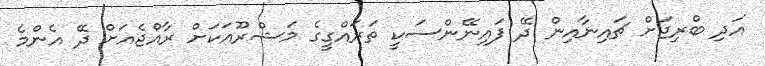
އަދި ބްރިޖަށް ޗައިނާއިން ދޭ ފައިނޭންސަކީ ތަރައްގީގެ މަޝްރޫއަކަށް ރާއްޖެއަށް ދޭ އެންމެ